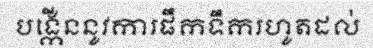
បង្កើននូវការផឹកទឹករហូតដល់